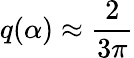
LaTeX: q(\alpha)\approx{\frac{2}{3\pi}}